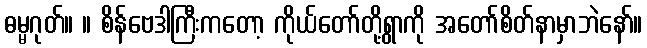
ဓမ္မဂုတ်။ ။ စိန်ဗေဒါကြီးကတော့ ကိုယ်တော်တို့ရွာကို အတော်စိတ်နာမှာဘဲနော်။